Annual administration report of the Civil Veterinary Department of India - 1896-1897
Year: 1896
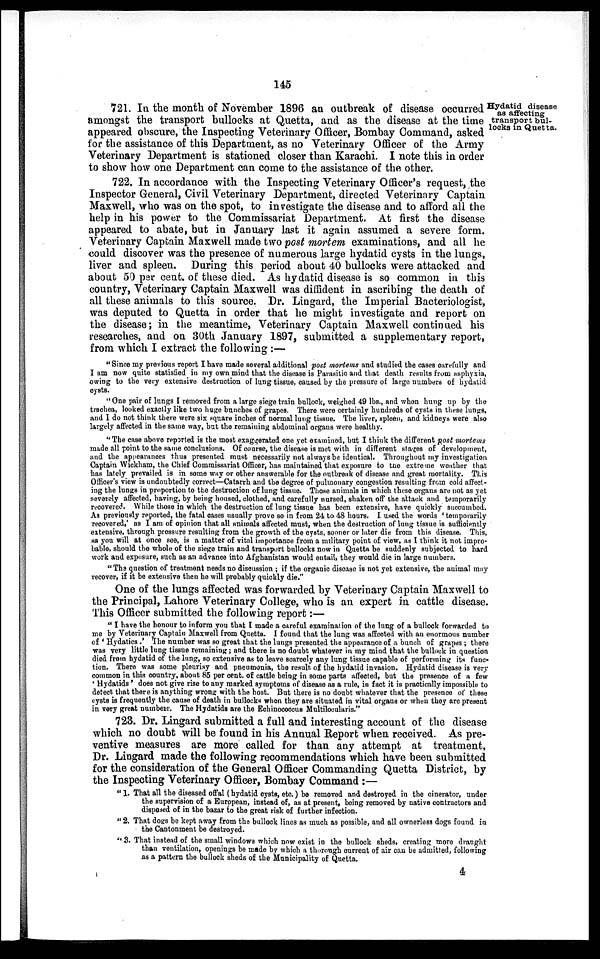
145
Hydatid disease
as affecting
transport bul-
locks in Quetta.
721. In the month of November 1896 an outbreak of disease occurred
amongst the transport bullocks at Quetta, and as the disease at the time
appeared obscure, the Inspecting Veterinary Officer, Bombay Command, asked
for the assistance of this Department, as no Veterinary Officer of the Army
Veterinary Department is stationed closer than Karachi. I note this in order
to show how one Department can come to the assistance of the other.
722. In accordance with the Inspecting Veterinary Officer's request, the
Inspector General, Civil Veterinary Department, directed Veterinary Captain
Maxwell, who was on the spot, to investigate the disease and to afford all the
help in his power to the Commissariat Department. At first the disease
appeared to abate, but in January last it again assumed a severe form.
Veterinary Captain Maxwell made two post mortem examinations, and all he
could discover was the presence of numerous large hydatid cysts in the lungs,
liver and spleen. During this period about 40 bullocks were attacked and
about 50 per cent. of these died. As hydatid disease is so common in this
country, Veterinary Captain Maxwell was diffident in ascribing the death of
all these animals to this source. Dr. Lingard, the Imperial Bacteriologist,
was deputed to Quetta in order that he might investigate and report on
the disease; in the meantime, Veterinary Captain Maxwell continued his
researches, and on 30th January 1897, submitted a supplementary report,
from which I extract the following:—
"Since my previous report I have made several additional post mortems and studied the cases carefully and
I am now quite statisfied in my own mind that the disease is Parasitic and that death results from asphyxia,
owing to the very extensive destruction of lung tissue, caused by the pressure of large numbers of hydatid
cysts.
"One pair of lungs I removed from a large siege train bullock, weighed 49 lbs., and when hung up by the
trachea, looked exactly like two huge bunches of grapes. There were certainly hundreds of cysts in these lungs,
and I do not think there were six square inches of normal lung tissue. The liver, spleen, and kidneys were also
largely affected in the same way, but the remaining abdominal organs were healthy.
"The case above reported is the most exaggerated one yet examined, but I think the different post mortems
made all point to the same conclusions. Of course, the disease is met with in different stages of development,
and the appearances thus presented must necessarily not always be identical. Throughout my investigation
Captain Wickham, the Chief Commissariat Officer, has maintained that exposure to the extreme weather that
has lately prevailed is in some way or other answerable for the outbreak of disease and great mortality. This
Officer's view is undoubtedly correct—Catarrh and the degree of pulmonary congestion resulting from cold affect-
ing the lungs in proportion to the destruction of lung tissue. Those animals in which these organs are not as yet
severely affected, having, by being housed, clothed, and carefully nursed, shaken off the attack and temporarily
recovered. While those in which the destruction of lung tissue has been extensive, have quickly succumbed.
As previously reported, the fatal cases usually prove so in from 24 to 48 hours. I used the words 'temporarily
recovered,' as I am of opinion that all animals affected must, when the destruction of lung tissue is sufficiently
extensive, through pressure resulting from the growth of the cysts, sooner or later die from this disease. This,
as you will at once see, is a matter of vital importance from a military point of view, as I think it not impro-
bable, should the whole of the siege train and transport bullocks now in Quetta be suddenly subjected to hard
work and exposure, such as an advance into Afghanistan would entail, they would die in large numbers.
"The question of treatment needs no discussion; if the organic disease is not yet extensive, the animal may
recover, if it be extensive then he will probably quickly die."
One of the lungs affected was forwarded by Veterinary Captain Maxwell to
the Principal, Lahore Veterinary College, who is an expert in cattle disease.
This Officer submitted the following report:—
"I have the honour to inform you that I made a careful examination of the lung of a bullock forwarded to
me by Veterinary Captain Maxwell from Quetta. I found that the lung was affected with an enormous number
of 'Hydatics.' The number was so great that the lungs presented the appearance of a bunch of grapes; there
was very little lung tissue remaining; and there is no doubt whatever in my mind that the bullock in question
died from hydatid of the lung, so extensive as to leave scarcely any lung tissue capable of performing its func-
tion. There was some pleurisy and pneumonia, the result of the hydatid invasion. Hydatid disease is very
common in this country, about 85 per cent. of cattle being in some parts affected, but the presence of a few
'Hydatids' does not give rise to any marked symptoms of disease as a rule, in fact it is practically impossible to
detect that there is anything wrong with the host. But there is no doubt whatever that the presence of these
cysts is frequently the cause of death in bullocks when they are situated in vital organs or when they are present
in very great numbere. The Hydatids are the Echinococcus Multilocularis."
723. Dr. Lingard submitted a full and interesting account of the disease
which no doubt will be found in his Annual Report when received. As pre-
ventive measures are more called for than any attempt at treatment,
Dr. Lingard made the following recommendations which have been submitted
for the consideration of the General Officer Commanding Quetta District, by
the Inspecting Veterinary Officer, Bombay Command :—
"1. That all the diseased offal (hydatid cysts, etc.) be removed and destroyed in the cinerator, under
the supervision of a European, instead of, as at present, being removed by native contractors and
disposed of in the bazar to the great risk of further infection.
"2. That dogs be kept away from the bullock lines as much as possible, and all ownerless dogs found in
the Cantonment be destroyed.
"3. That instead of the small windows which now exist in the bullock sheds, creating more draught
than ventilation, openings be made by which a thorough current of air can be admitted, following
as a pattern the bullock sheds of the Municipality of Quetta.
4